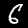
Digit: 6